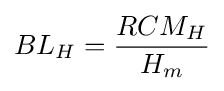
BL_{H}={\frac {RCM_{H}}{H_{m}}}